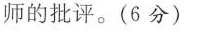
师的批评。(6分)